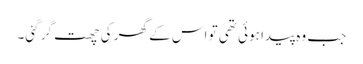
جب وہ پیدا ہوئی تھی تو اس کے گھر کی چھت گر گئی۔